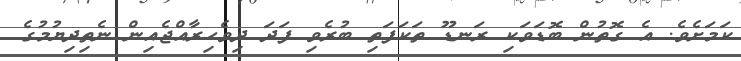
ކަމަށެވެ. އެ ގޮތުން ބޮޑަވަކި ރަނޑޫ ތަކަފަތި ބުރެވި ފަދަ ދިވެހިރާއްޖެއިން ނެތިދިޔުމުގެ